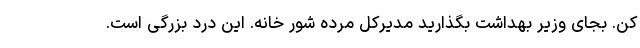
کن. بجای وزیر بهداشت بگذارید مدیرکل مرده شور خانه. این درد بزرگی است.